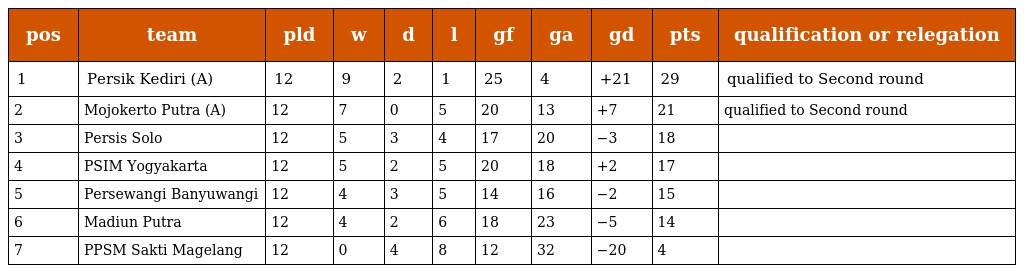
| pos | team | pld | w | d | l | gf | ga | gd | pts | qualification or relegation |
 | --- | --- | --- | --- | --- | --- | --- | --- | --- | --- | --- |
 | 1 | Persik Kediri (A) | 12 | 9 | 2 | 1 | 25 | 4 | +21 | 29 | qualified to Second round |
 | 2 | Mojokerto Putra (A) | 12 | 7 | 0 | 5 | 20 | 13 | +7 | 21 | qualified to Second round |
 | 3 | Persis Solo | 12 | 5 | 3 | 4 | 17 | 20 | −3 | 18 |  |
 | 4 | PSIM Yogyakarta | 12 | 5 | 2 | 5 | 20 | 18 | +2 | 17 |  |
 | 5 | Persewangi Banyuwangi | 12 | 4 | 3 | 5 | 14 | 16 | −2 | 15 |  |
 | 6 | Madiun Putra | 12 | 4 | 2 | 6 | 18 | 23 | −5 | 14 |  |
 | 7 | PPSM Sakti Magelang | 12 | 0 | 4 | 8 | 12 | 32 | −20 | 4 |  |